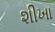
શીખા